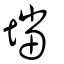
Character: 壋